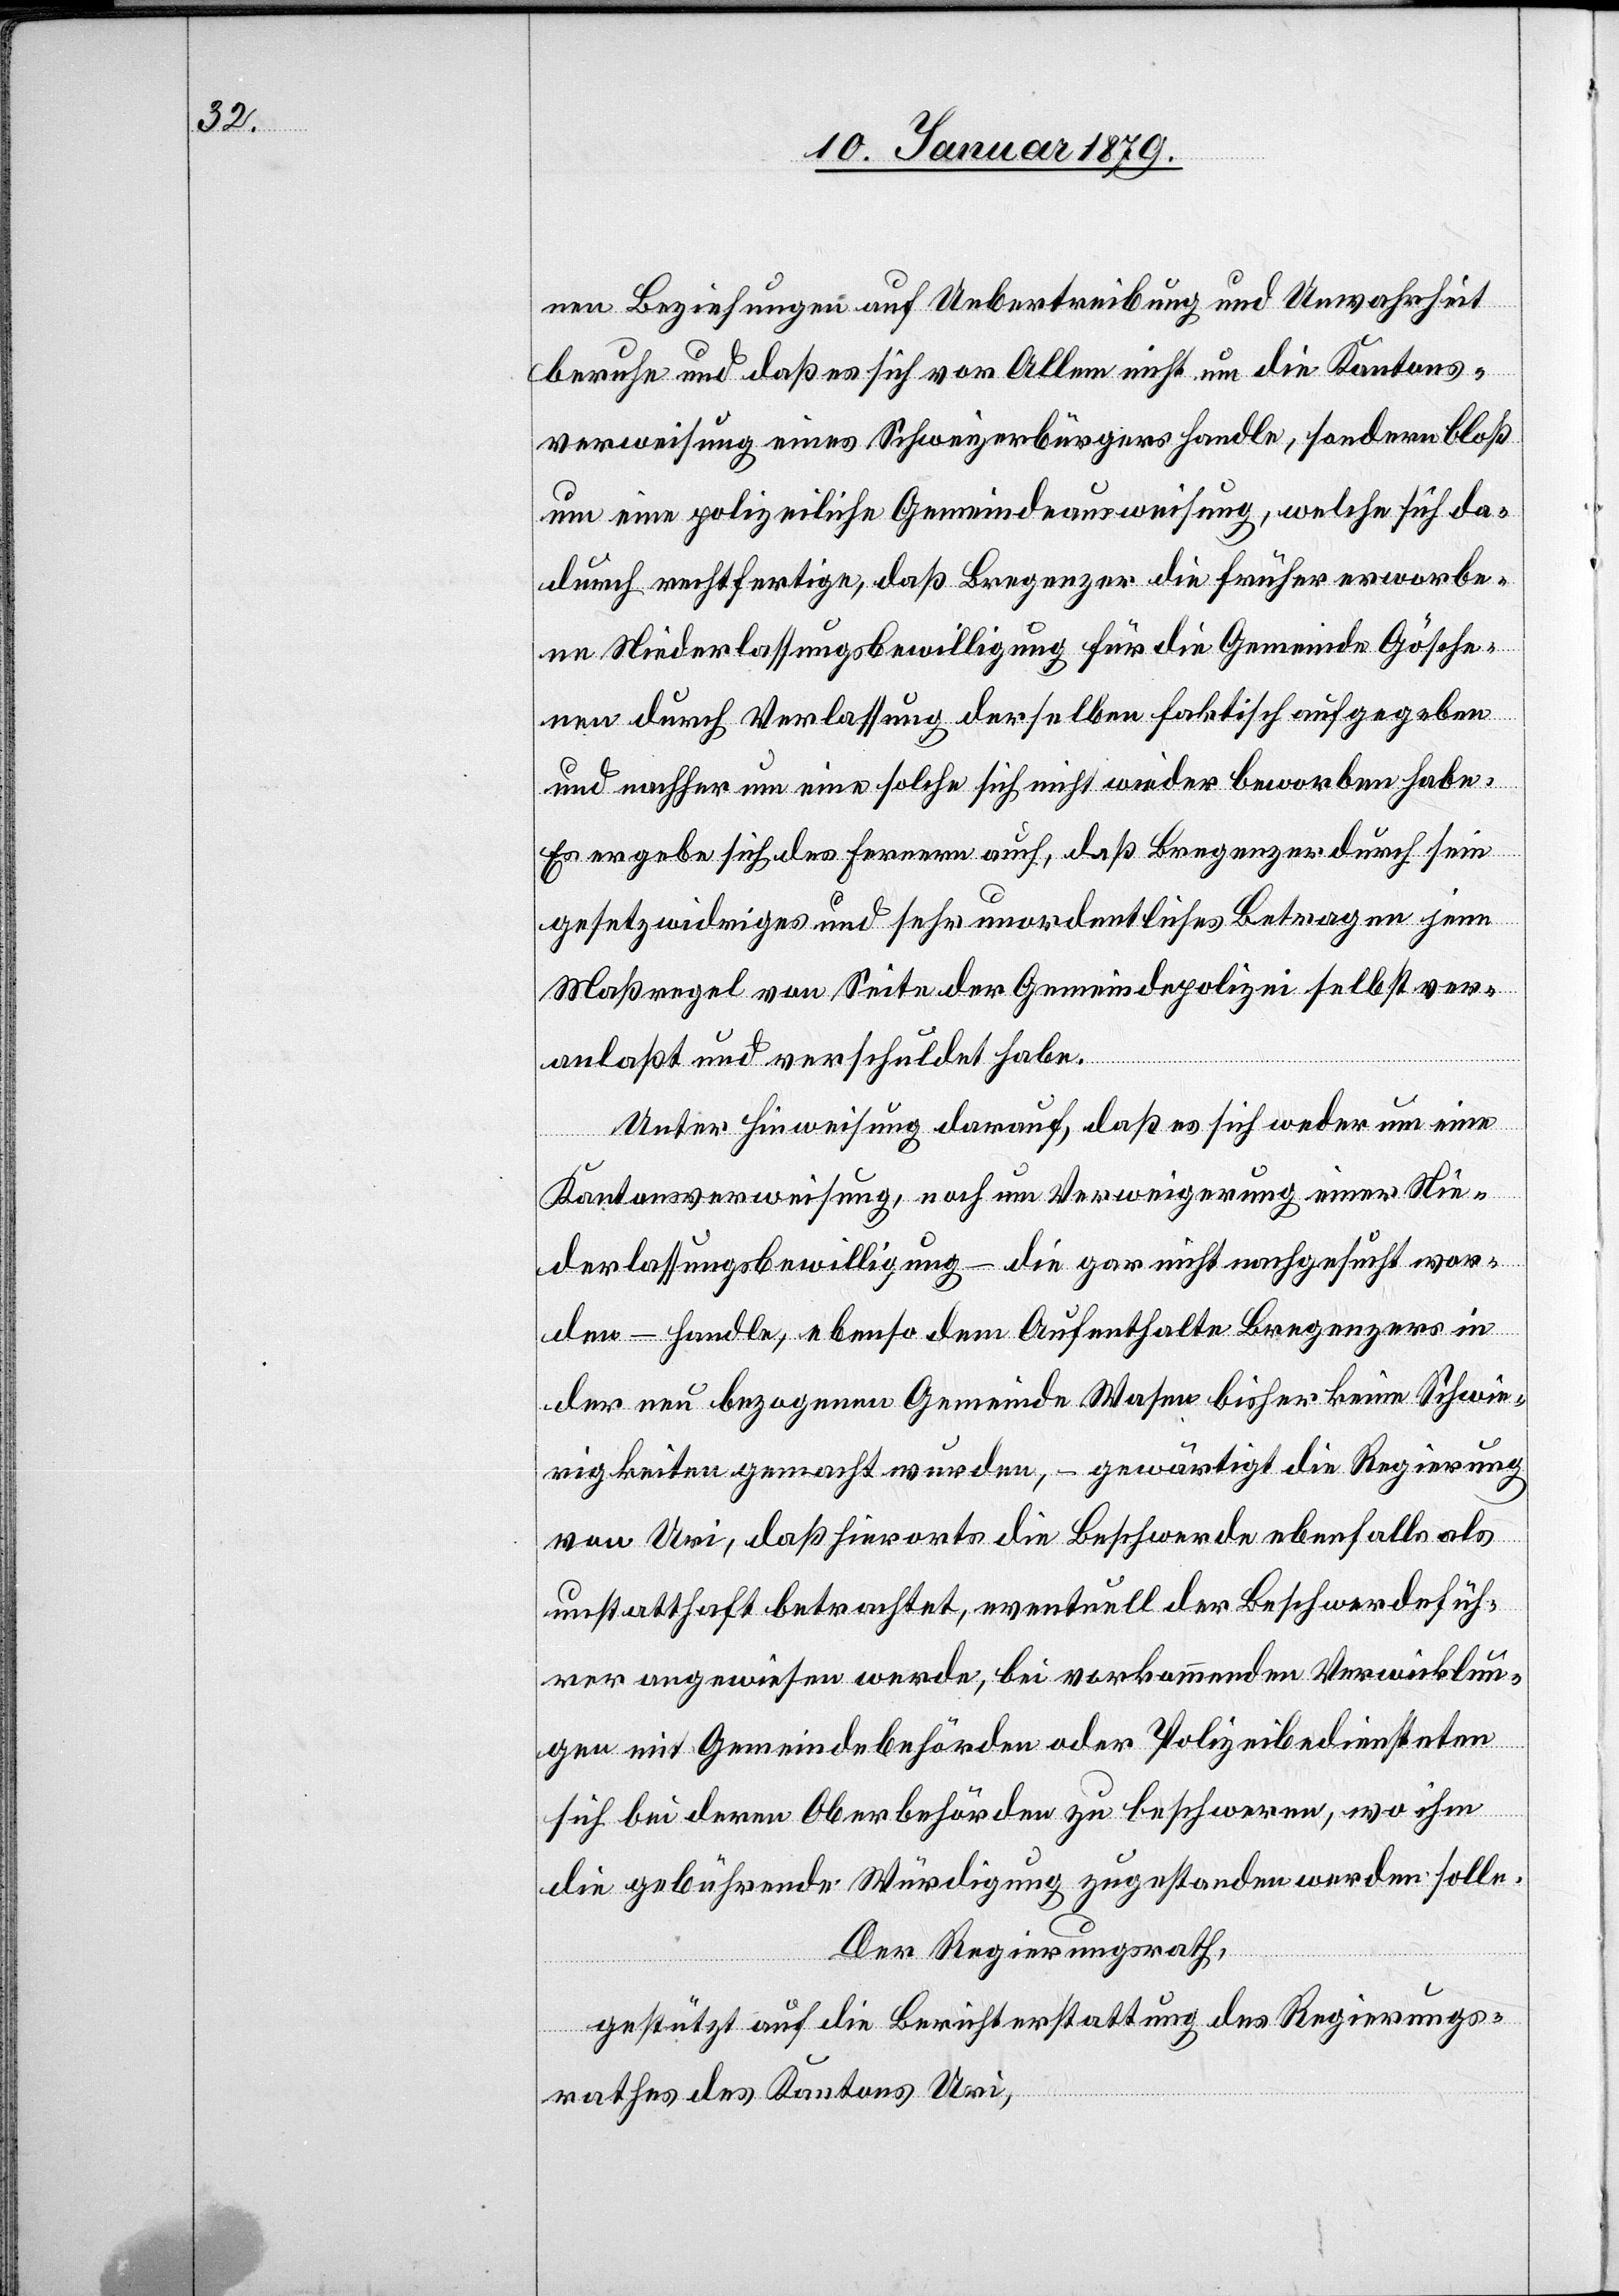
nen Beziehungen auf Uebertreibung und Unwahrheit
beruhe und daß es sich vor Allem nicht um die Kantons¬
verweisung eines Schweizerbürgers handle, sondern bloß
um eine polizeiliche Gemeindeausweisung, welche sich da¬
durch rechtfertige, daß Bregenzer die früher erworbe¬
ne Niederlassungsbewilligung für die Gemeinde Gösche¬
nen durch Verlassung derselben faktisch aufgegeben
und nachher um eine solche sich nicht wieder beworben habe.
Es ergebe sich des Fernern auch, daß Bregenzer durch sein
gesetzwidriges und sehr unordentliches Betragen jene
Maßregel von Seite der Gemeindepolizei selbst ver¬
anlaßt und verschuldet habe.
Unter Hinweisung darauf, daß es sich weder um eine
Kantonsverweisung, noch um Verweigerung einer Nie¬
derlassungsbewilligung – die gar nicht nachgesucht wor¬
den – handle, ebenso dem Aufenthalte Bregenzers in
der neu bezogenen Gemeinde Wasen bisher keine Schwie¬
rigkeiten gemacht wurden, – gewärtigt die Regierung
von Uri, daß hierorts die Beschwerde ebenfalls als
unstatthaft betrachtet, eventuell der Beschwerdefüh¬
rer angewiesen werde, bei vorkommenden Verwicklun¬
gen mit Gemeindebehörden oder Polizeibediensteten
sich bei deren Oberbehörden zu beschweren, wo ihm
die gebührende Würdigung zugestanden werden solle.
Der Regierungsrath,
gestützt auf die Berichterstattung des Regierungs¬
rathes des Kantons Uri,